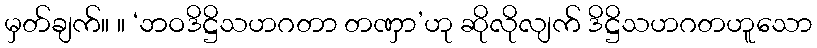
မှတ်ချက်။ ။ ‘ဘဝဒိဋ္ဌိသဟဂတာ တဏှာ’ဟု ဆိုလိုလျက် ဒိဋ္ဌိသဟဂတဟူသော